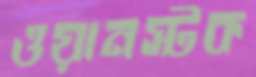
ওয়ানস্টক